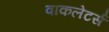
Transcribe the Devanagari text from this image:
वाकलेटर्स